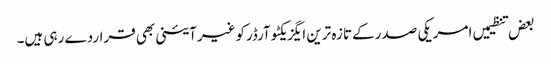
بعض تنظیمیں امریکی صدرکے تازہ ترین ایگزیکٹوآرڈرکوغیرآئینی بھی قراردے رہی ہیں۔